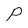
Character: P